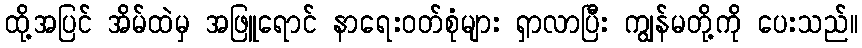
ထို့အပြင် အိမ်ထဲမှ အဖြူရောင် နာရေးဝတ်စုံများ ရှာလာပြီး ကျွန်မတို့ကို ပေးသည်။